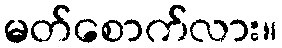
မတ်စောက်လား။